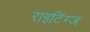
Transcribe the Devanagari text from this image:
राइटिंग्ज